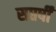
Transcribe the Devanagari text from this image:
सप्तर्षीं